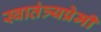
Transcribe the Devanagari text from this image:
स्वातंत्र्यप्रेमी